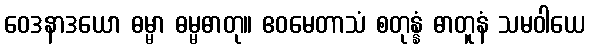
ဝေဒနာဒယော ဓမ္မာ ဓမ္မဓာတု။ ဧဝမေတာသံ စတုန္နံ ဓာတူနံ သမဝါယေ